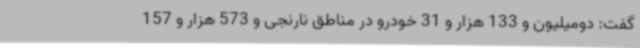
گفت: دومیلیون و 133 هزار و 31 خودرو در مناطق نارنجی و 573 هزار و 157